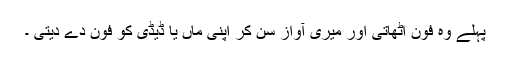
پہلے وہ فون اٹھاتی اور میری آواز سن کر اپنی ماں یا ڈیڈی کو فون دے دیتی ۔